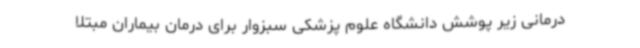
درمانی زیر پوشش دانشگاه علوم پزشکی سبزوار برای درمان بیماران مبتلا